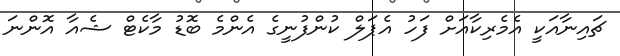
ޗައިނާއަކީ އެމެރިކާއަށް ފަހު އެޕަލް ކުންފުނީގެ އެންމެ ބޮޑު މާކެޓް ޝެއާ އޮންނަ